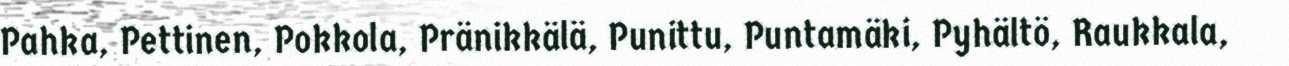
Pahka, Pettinen, Pokkola, Pränikkälä, Punittu, Puntamäki, Pyhältö, Raukkala,